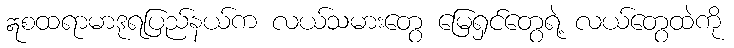
ဣစထရာမာဒုရပြည်နယ်က လယ်သမားတွေ မြေရှင်တွေရဲ့ လယ်တွေထဲကို